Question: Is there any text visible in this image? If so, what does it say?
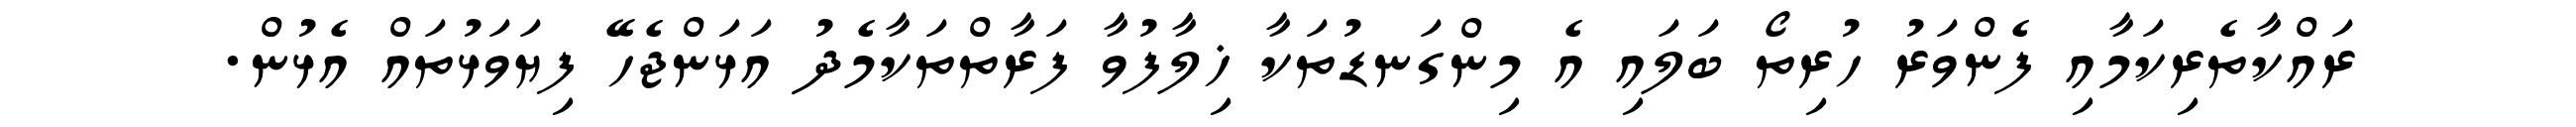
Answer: ރައްކާތެރިކަމާއި ފެންވަރު ހުރިތޯ ބަލައި އެ މިންގަނޑުތަކާ ޚިލާފުވާ ފަރާތްތަކާމެދު އަޅަންޖެހޭ ފިޔަވަޅުތައް އެޅުން.